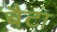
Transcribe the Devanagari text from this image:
बैटा